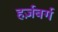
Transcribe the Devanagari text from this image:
हर्ज़बर्ग